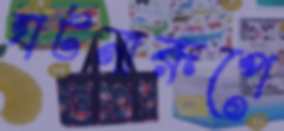
ঘটনারূপে